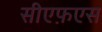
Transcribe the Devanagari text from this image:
सीएफ़एस